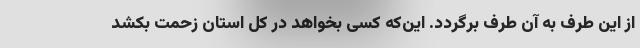
از این طرف به آن طرف برگردد. این‌که کسی بخواهد در کل استان زحمت بکشد